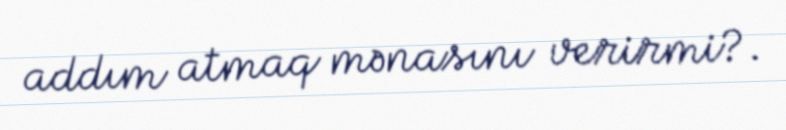
addım atmaq mənasını verirmi?.